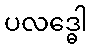
ပလဒ္ဓေါ